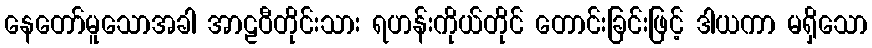
နေတော်မူသောအခါ အာဠဝီတိုင်းသား ရဟန်းကိုယ်တိုင် တောင်းခြင်းဖြင့် ဒါယကာ မရှိသော